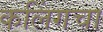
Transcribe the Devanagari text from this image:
कलिंगचा